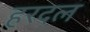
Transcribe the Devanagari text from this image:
हरदल